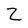
Character: Z